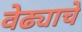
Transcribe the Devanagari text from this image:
वेढ्याचे